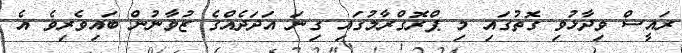
ރައީސް ވިދާޅުވި ގޮތުގައި މި ޕްރޮގްރާމުގައި ގިނަ އަދަދެއްގެ ޒުވާނުން ބައިވެރިވެ އެ